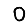
Digit: 0